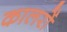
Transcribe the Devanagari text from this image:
कालरों